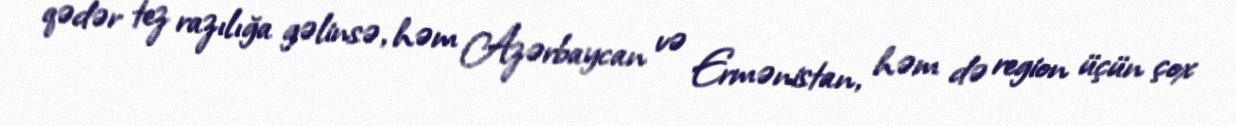
qədər tez razılığa gəlinsə, həm Azərbaycan və Ermənistan, həm də region üçün çox